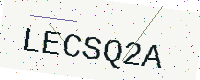
Text: LECSQ2A